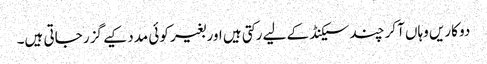
دو کاریں وہاں آکر چند سیکنڈ کے لیے رکتی ہیں اور بغیر کوئی مدد کیے گزر جاتی ہیں۔